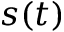
s ( t )